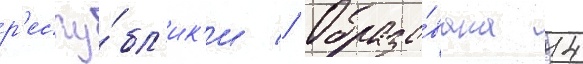
р'еспу́бл'ик'и // Образо́вана 14